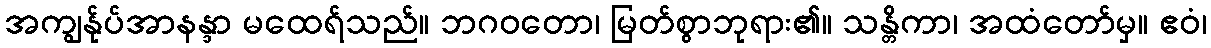
အကျွန်ုပ်အာနန္ဒာ မထေရ်သည်။ ဘဂဝတော၊ မြတ်စွာဘုရား၏။ သန္တိကာ၊ အထံတော်မှ။ ဧဝံ၊